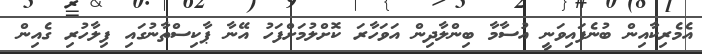
އެމެރިކާއިން ބުނެފައިވަނީ އުސާމާ ބިންލާދިން އަވަހާރަ ކޮށްލުމަށްފަހު އޭނާ ޕާކިސްތާނުގައި ފިލާހުރި ގެއިން